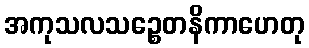
အကုသလသဉ္စေတနိကာဟေတု